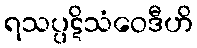
ရသပ္ပဋိသံဝေဒီဟိ